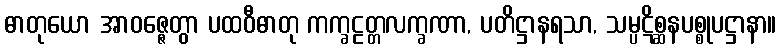
ဓာတုယော အာဝဇ္ဇေတွာ ပထဝီဓာတု ကက္ခဠတ္တလက္ခဏာ, ပတိဋ္ဌာနရသာ, သမ္ပဋိစ္ဆနပစ္စုပဋ္ဌာနာ။